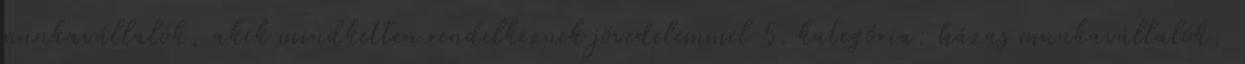
munkavállalók, akik mindketten rendelkeznek jövedelemmel 5. kategória: házas munkavállalók,